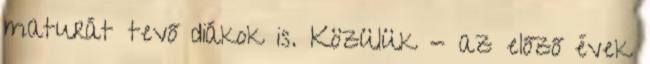
maturát tevő diákok is. Közülük - az előző évek